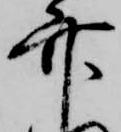
竹